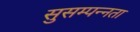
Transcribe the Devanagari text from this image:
सुसम्पन्नता